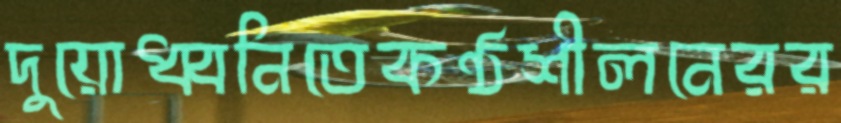
দুয়োধ্বনিতেকণ্ঠশীলনেরর